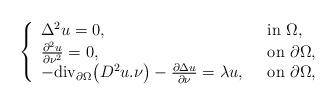
\begin{align*}\left\{\begin{array}{ll}\Delta^2 u =0 ,\ \ & {\rm in}\ \Omega,\\\frac{\partial^2 u}{\partial \nu^2 }=0 ,\ \ & {\rm on}\ \partial \Omega,\\-{\rm div_{\partial\Omega}}\big(D^2u.\nu\big)-\frac{\partial\Delta u}{\partial\nu}=\lambda u ,\ \ & {\rm on}\ \partial \Omega,\end{array}\right.\end{align*}